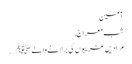
آمین
شبِ معراج,
مُرادیں غریبوں کی بَر لانے والے ﷺ ….